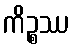
ကိဉ္စဿ